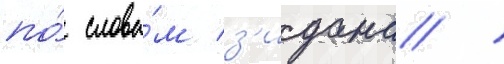
по́ слова́м з'идана /